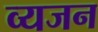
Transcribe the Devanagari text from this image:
व्यजन